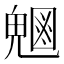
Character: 𭀸